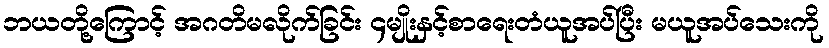
ဘယတို့ကြောင့် အဂတိမလိုက်ခြင်း ၄မျိုးနှင့်စာရေးတံယူအပ်ပြီး မယူအပ်သေးကို